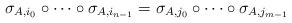
LaTeX: \begin{align*} \sigma_{A,i_{0}} \circ \cdots \circ \sigma_{A,i_{n-1}} = \sigma_{A,j_{0}} \circ \cdots \circ \sigma_{A,j_{m-1}}\end{align*}